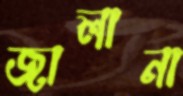
জালানা